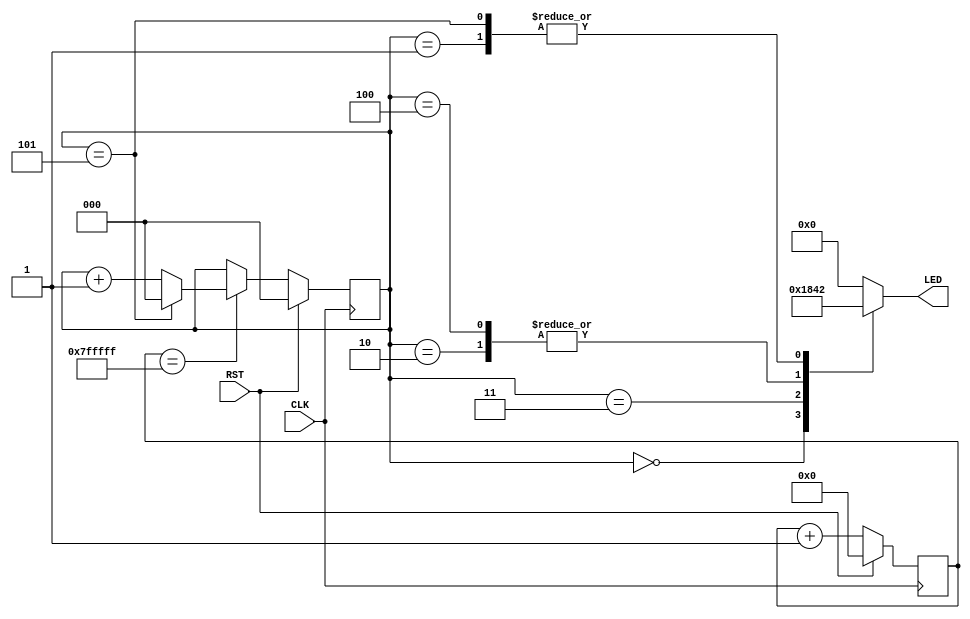
`timescale 1ns / 1ps
//////////////////////////////////////////////////////////////////////////////////
// Company: 
// Engineer: 
// 
// Design Name: 
// Module Name: blink
// Project Name: 
// Target Devices: 
// Tool Versions: 
// Description: 
// 
// Dependencies: 
// 
// Revision:
// Revision 0.01 - File Created
// Additional Comments:
// 
//////////////////////////////////////////////////////////////////////////////////


module blink(
    input CLK,
    input RST,
    output reg [0:3] LED
    );
   
reg [22:0] cnt23;

// 23 bit counter
always @( posedge CLK ) begin
    if ( RST )
        cnt23 <= 23'h0;
    else
        cnt23 <= cnt23 + 1'h1;
end

// output of 23 bit counter is ALL 1
wire ledcnten = (cnt23==23'h7fffff);

reg [2:0] cnt3;

always @( posedge CLK ) begin
    if ( RST )
        cnt3 <= 3'h0;
    else if ( ledcnten )
        if ( cnt3==3'd5 )
            cnt3 <= 3'h0;
        else
            cnt3 <= cnt3 + 1'h1;
end

always @* begin
    case ( cnt3 )
        3'd0:       LED = 4'b0001;
        3'd1:       LED = 4'b0010;
        3'd2:       LED = 4'b0100;
        3'd3:       LED = 4'b1000;
        3'd4:       LED = 4'b0100;
        3'd5:       LED = 4'b0010;
        default:    LED = 4'b0000;
    endcase
end

endmodule